Annual report of the Civil Veterinary Department, Bengal, for the year 1898-99 - 1898-1899
Year: 1898
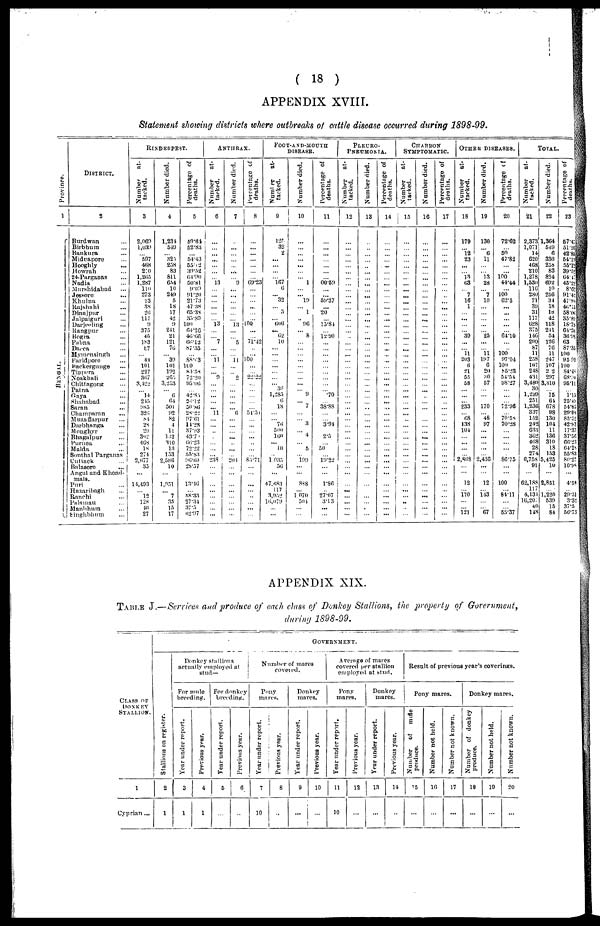
( 18 )
APPENDIX XVIII.
Statement showing districts where outbreaks of cattle disease occurred during 1898-99.
Pr ovi nce.
1
BENGAL.
DISTRICT.
2
Burdwan ...
Birbbum ...
Bankura ...
Midnapore ...
Hooghly ...
Howrah ...
24-Parganas ...
Nadia ...
Murshidabad ...
Jessore ...
Khulna ...
Rajshahi ...
Dinajpur ...
Jalpaiguri ...
Darjeeling ...
Rangpur ...
Bogra ...
Pabna ...
Dacca ...
Mymensingh ...
Faridpore ...
Backergunge ...
Tippera ...
Noakhali ...
Chittagong ...
Patna...
Gaya ...
Shahabad ...
Saran ...
Champaran ...
Muzaffarpur ...
Darbhanga ...
Monghyr ...
Bhagalpur...
Purnea ...
Malda ...
Sonthal Pargnnas
Cutttack
...
Balasore ...
Angul and Khond-
mals.
Puri ...
Hazaribagh ...
Ranchi ...
Palamau ...
Manbhum ...
Sinhbhum ...
RINDERPEST.
Number
at-
tacked.
3
2,069
1,639
...
597
468
2:0
1,265
1,287
110
273
23
38
26
117
9
375
45
183
87
... 44
101
227
367
3,422
... 14
245
985
326
84
28
29
302
468
18
274
2,677
33
...
14,403
... 12
128
40
27
Number died.
4
1,234
549
...
325 258
83
811
654
10
240
5
18
17
42
9
241
21
121
76
...
39
101
192
263
3,253
...
6
64
501
92
82
4
11
132
310
13
153
2,586
10
...
1,951
...
7
35
15
17
Percentage of
deaths.
5
59 .64
52 8.3
...
54 .43
55. 12
39 .32
64 .90
50 .81
9 .09
91 .20
21 .73
47.38
65. 38
35 .89
100
64. 26
46 .66
66 .12
87 .35
...
88 .63
110
84 .58
72.20
95 .06
...
42. 85
26 .12
50 .86
28 .22
97 .61
14 .28
37 .93
43 .7
66 .23
72. 22
55 .83
69 .60
28 .57
.
13 .46
...
38 .33
27 .34
37.5
62 .97
ANTHRAX.
Number
at-
tacked.
6
...
...
...
...
...
...
...
l3
...
...
...
...
...
...
13
...
...
7
...
...
11
...
...
9
...
...
...
...
...
11
...
...
...
...
...
...
...
238
...
...
...
...
...
...
...
...
Number died. |
7
...
...
...
...
...
...
...
9
... ...
...
...
...
...
13
...
...
5
...
...
11
...
...
2
...
...
...
...
...
6
...
...
...
...
...
...
...
204
...
...
...
...
...
...
...
...
Percentage of
deaths.
8
...
...
...
...
...
...
...
69. 23
...
...
...
...
...
100
...
...
71. 42
..
...
100
...
...
22 .22
...
...
...
...
...
54. 5
...
...
...
...
..
...
...
85 .71
...
...
...
...
..
...
...
...
FOOT-AND-MOUTH
DISEASE.
Number
at-
tacked.
9
125
32
2
...
...
...
... 107
6
... 32
... 5
... 606
... 62
10
...
...
...
...
...
... 30
1,285
6
18
...
... 76
500
160
... 10
..
1 033
56
...
47,683
117
3,952
16, 079
...
...
Number died.
10
...
...
...
...
...
...
...
1
...
... 19
...
1
...
96
... 8
...
...
...
...
...
...
...
...
...
9
...
7
...
...
3
...
4
...
5
...
199
...
...
888
...
1070
504
...
...
Percentage of
deaths.
11
...
...
...
...
...
...
...
00 .59
...
...
59. 37
...
20
...
15 .84
...
12. 90
...
...
...
...
...
...
...
...
...
70
...
38 .88
...
...
3. 94
...
2 .5
...
50
...
19. 22
...
...
1. 86
...
27. 07
3. 13
...
...
PLEURO¬
PNEUMONIA.
Number
at-
tacked.
12
...
...
...
...
...
...
...
...
...
...
...
...
...
...
...
...
..
...
...
...
...
...
...
...
...
...
...
...
...
...
...
...
...
...
...
...
...
...
...
...
...
...
...
...
...
...
Number died.
13
...
...
...
...
...
...
...
...
...
...
...
...
...
...
...
...
...
...
...
...
...
...
...
...
...
...
...
...
...
...
...
...
...
...
...
...
...
...
...
...
...
...
...
...
...
...
Percentage of
deaths.
14
...
...
...
...
...
...
...
...
...
...
...
...
...
...
...
...
...
...
...
...
...
...
...
...
...
...
...
...
...
...
...
...
...
...
...
...
...
...
...
...
...
...
...
...
...
...
CHARBON
SYMPTOMATIC.
Number
at-
tacked.
15
...
...
...
...
...
...
...
...
...
...
...
...
...
...
...
...
...
...
...
...
...
...
...
...
...
...
...
...
...
...
...
...
...
...
...
...
...
...
...
...
...
...
...
..
...
...
Number died.
16
...
...
...
...
...
...
...
...
...
...
...
...
...
...
...
...
...
...
...
...
...
...
...
...
...
...
...
...
...
...
...
...
...
...
...
...
...
...
...
...
...
...
...
...
...
Percentage of
deaths.
17
...
...
...
...
...
...
...
...
...
...
...
...
...
...
...
...
...
...
...
...
...
...
...
...
...
...
...
...
...
...
...
...
...
...
...
...
...
...
...
...
...
...
...
...
...
OTHER DISEASES.
Number
at-
tacked.
18
179
...
l2
23
...
...
13
63
...
7
16
1
...
...
...
...
39
...
...
11
203
6
21
55
58
...
...
...
233
...
68
138
104
...
...
...
...
2,808
...
...
12
...
170
...
...
121
Number died.
19
130
...
6
11
...
...
13
28
...
7
10
...
...
...
...
...
25
...
...
11
107
6
20
30
57
...
...
...
170
...
48
97
...
...
...
...
...
2,436
...
...
12
...
143
...
...
67
Percentage of
deaths.
20
72 .62
...
50
47.82
...
...
100
44. 44
...
100
62 .5
...
...
...
...
...
64 .10
...
...
100
97. 04
100
85 .23
54. 54
98. 27
...
...
...
72. 96
...
70. 58
70 .28
...
...
...
...
...
86 .75
...
...
100
...
84 .11
...
...
55 .37
TOTAL
Number
at-
tacked.
21
2,373
1,071
14
620
468
210
1,278
1,530
116
280
71
39
31
117
628
375
146
200
87
11
258
107
248
431
3,480
30
1,299
251
1,236
337
152
242
633
302
468
28
274
6,758
91
...
62,188
117
4,134
16,20:
40
148
Number died.
22
1,364
549
6
336
258
83
824
692
10
256
34
18
18
42
118
241
54
126
70
11
247
107
2 2
297
3,310
15
64
678
»8
130
101
11
136
310
18
153
5,425
10
...
2,851
...
1,220
530
15
84
Percentage of
deaths.
23
57 47
51 26
42 85
54 13
55 12
39 52
64 42
43 22
8 62
91.48
47.88
46.15
58.06
35.89
18.78
64.26
36.98
03
87.35
100
95 93
100
84 .48
68.
95.11
1.15
25.49
54.85
29.08
85.52
42.97
17.37
37.56
60-23
64.28
55.83
80.27
10.98
...
4.58
...
29.51
3.32
37.5
58.75
APPENDIX XIX.
TABLE J.— Services and produce of each class of Donkey Stallions, the property of Government,
during1898-99.
CLASS
OF
DONKEY
STALLION.
1
Cyprian ...
GOVERNMENT.
Stallions on register.
2
1
Donkey stallions
actually employed at
stud—
For mule
breeding.
Year under report.
3
1
Previous year.
4
1
For donkey
breeding.
Year under report.
5
...
Previous year.
6
...
Number of mares
covered.
Pony
mares.
Year under report.
7
10
Previous year.
8
...
Donkey
mares.
Year under report.
9
...
Previous year.
10
...
Average of mares
covered per stallion
employed at stud.
Pony
mares.
Year under report.
11
10
Previous year.
12
...
Donkey
mares.
Year under report.
13
...
Previous year.
14
...
Result of previous year's coverings.
Pony mares.
Number
of
mute
produce.
15
...
Number not held.
16
...
Number not known.
17
...
Donkey mares.
Number of donkey
produce.
18
...
Number not held.
19
...
Number not known.
20
...